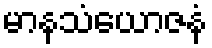
မာနသံယောဇနံ